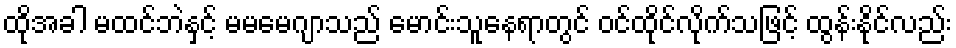
ထိုအခါ မထင်ဘဲနှင့် မမမေဂျာသည် မောင်းသူနေရာတွင် ဝင်ထိုင်လိုက်သဖြင့် ထွန်းနိုင်လည်း